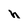
Character: h